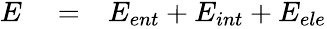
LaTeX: \begin{array}{rlr}{E}&{{}=}&{E_{ent}+E_{int}+E_{ele}}\end{array}